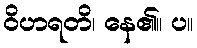
ဝိဟရတိ၊ နေ၏။ ပ။